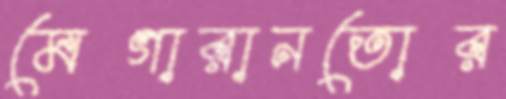
মেগারানতোর